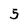
Character: 5